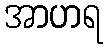
အာဟရ